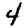
Digit: 4